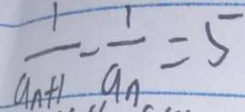
\frac { 1 } { a _ { n + 1 } } - \frac { 1 } { a _ { n } } = 5